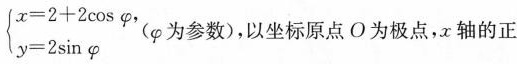
$$\left\{ \begin{matrix} x=2+2 \cos , \\ y=2 \sin \varphi \\ \end{matrix} \right.$$ ，m为参数)，以坐标原点O为极点x轴的正